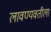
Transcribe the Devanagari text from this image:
लावण्यवतीला